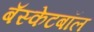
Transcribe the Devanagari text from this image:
बॅस्केटबॉल